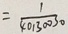
= \frac { 1 } { 4 0 1 3 0 0 3 0 }